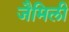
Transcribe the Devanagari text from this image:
जैमिली